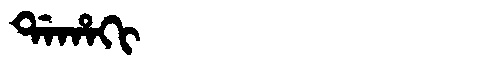
Manchu: ᡩᠠᡥᠠᡴᡳ
Romanization: DAHAKI